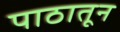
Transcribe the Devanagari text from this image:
पाठातून